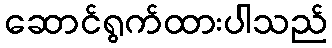
ဆောင်ရွက်ထားပါသည်